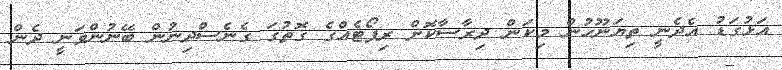
އަޅުގަޑު އެދެނީ ތިޔަނޫހުން މިކަން ދިރާސާކޮށް ރިޕޯޓެއްގެ ގޮތުގަ ގެނެސްދިނުން ބޭނުންވަނީ ދެން